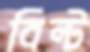
বিল্ট